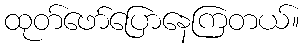
ထုတ်ဖော်ပြောနေကြတယ်။